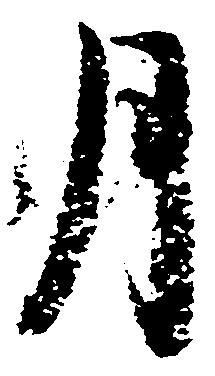
月